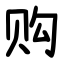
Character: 购